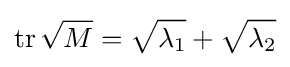
\operatorname {tr} {\sqrt {M}}={\sqrt {\lambda _{1}}}+{\sqrt {\lambda _{2}}}